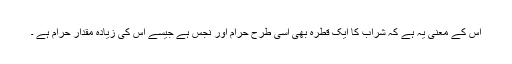
اس کے معنیٰ یہ ہے کہ شراب کا ایک قطرہ بھی اسی طرح حرام اور نجس ہے جیسے اس کی زیادہ مقدار حرام ہے ۔